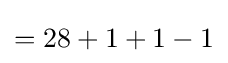
=28+1+1-1